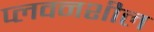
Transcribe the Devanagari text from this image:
प्लवनशील